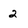
Character: 2